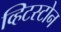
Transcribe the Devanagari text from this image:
व्हिटस्टोन